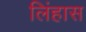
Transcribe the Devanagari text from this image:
लिंहास